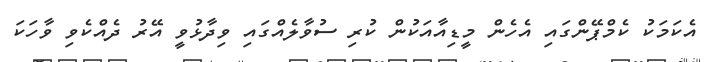
އެކަމަކު ކެމްޕޭންގައި އެހެން މީޑިއާއަކުން ކުރި ސުވާލެއްގައި ވިދާޅުވީ އޭރު ދެއްކެވި ވާހަކަ